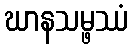
ဃာနသမ္ဖဿံ